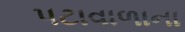
પટાવાળાના